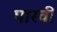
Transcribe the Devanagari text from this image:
पारवी